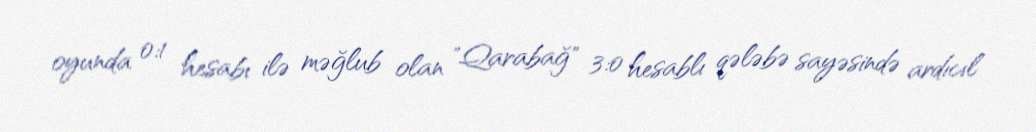
oyunda 0:1 hesabı ilə məğlub olan "Qarabağ" 3:0 hesablı qələbə sayəsində ardıcıl